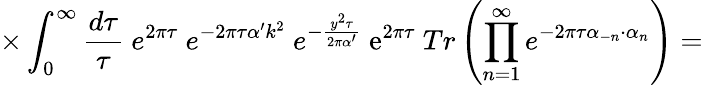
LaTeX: \times\int_{0}^{\infty}\frac{d\tau}{\tau}~e^{2\pi\tau}~e^{-2\pi\tau\alpha^{\prime}k^{2}}~e^{-\frac{y^{2}\tau}{2\pi\alpha^{\prime}}}~\mathrm{e}^{2\pi\tau}~Tr\left(\prod_{n=1}^{\infty}e^{-2\pi\tau\alpha_{-n}\cdot\alpha_{n}}\right)=